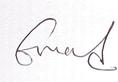
Signature authenticity: genuine